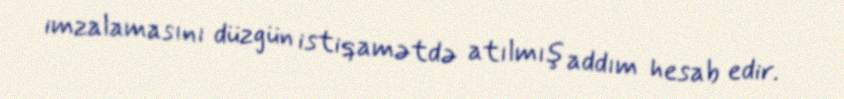
imzalamasını düzgün istiqamətdə atılmış addım hesab edir.